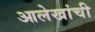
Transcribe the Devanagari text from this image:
आलेखांची